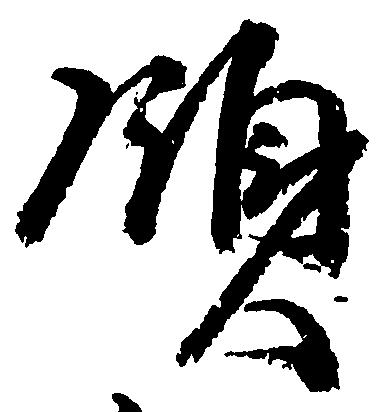
領